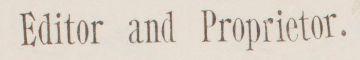
Editor and Proprietor.